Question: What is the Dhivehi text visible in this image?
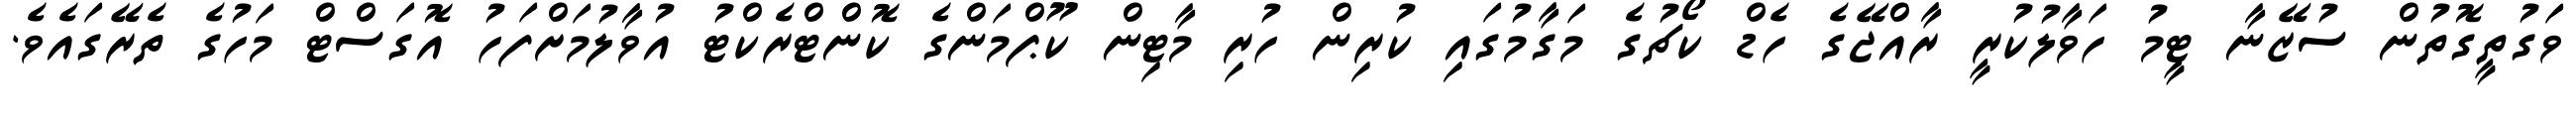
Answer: ވަގުތީގޮތުން ސުޒޭނާ ޓީމު ހަވާލުކުރީ ރާއްޖޭގެ ހެޑް ކޯޗުގެ މަގާމުގައި ކުރިން ހުރި މާޓިން ކޫޕްމަންގެ ކޮންޓްރެކްޓު އުވާލުމަށްފަހު އޮގަސްޓް މަހުގެ ތެރޭގައެވެ.